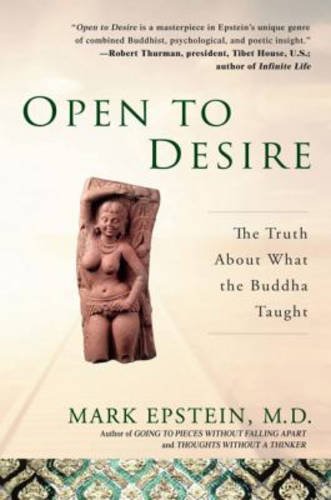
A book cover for Open to Desire: The Truth About What the Buddha Taught; Mark Epstein; Medical Books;